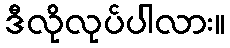
ဒီလိုလုပ်ပါလား။